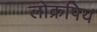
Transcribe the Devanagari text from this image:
लोक्रपिय